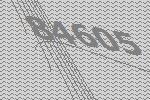
84605